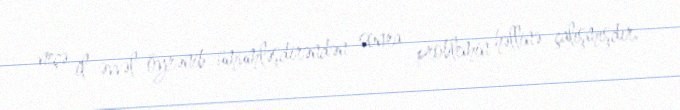
neçə il əvvəl öyrənib ümumləşdirəndən sonra problemin həllinə çalışmışdır.